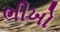
ભીખો